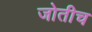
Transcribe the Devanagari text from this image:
जोतीच